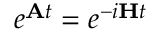
e ^ { \mathbf { A } t } = e ^ { - i \mathbf { H } t }